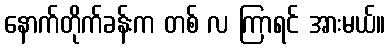
နောက်တိုက်ခန်းက တစ် လ ကြာရင် အားမယ်။